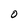
Character: O